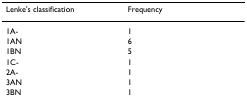
<table><thead><tr><td><b>Lenke's classification</b></td><td><b>Frequency</b></td></tr></thead><tbody><tr><td>1A-</td><td>1</td></tr><tr><td>1AN</td><td>6</td></tr><tr><td>1BN</td><td>5</td></tr><tr><td>1C-</td><td>1</td></tr><tr><td>2A-</td><td>1</td></tr><tr><td>3AN</td><td>1</td></tr><tr><td>3BN</td><td>1</td></tr></tbody></table>